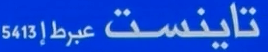
تاينست عبرط إ561